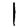
Digit: 1